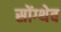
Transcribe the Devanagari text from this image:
सोंग्थेव